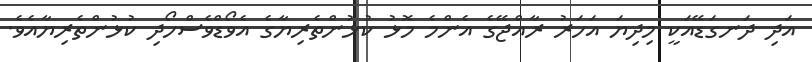
އަދި ދަނގަޑޭއަކީ މިދިޔަ އަހަރު ރާއްޖޭގެ އެންމެ މޮޅު ކުޅުންތެރިޔާގެ އެވޯޑްވެސްހޯދި ކުޅުންތެރިޔާއެވެ.